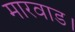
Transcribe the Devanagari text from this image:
मारवाड।